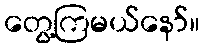
တွေ့ကြမယ်နော်။